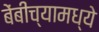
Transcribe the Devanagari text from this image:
बेंबीच्यामध्ये